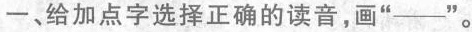
一﹑给加点字选择正确的读音，画”---”